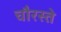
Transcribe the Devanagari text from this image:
चौरस्ते